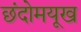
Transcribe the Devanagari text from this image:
छंदोमयूख